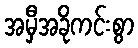
အမှီအခိုကင်းစွာ